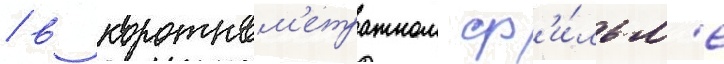
/ в коротком'етражном ф'и́льм'е